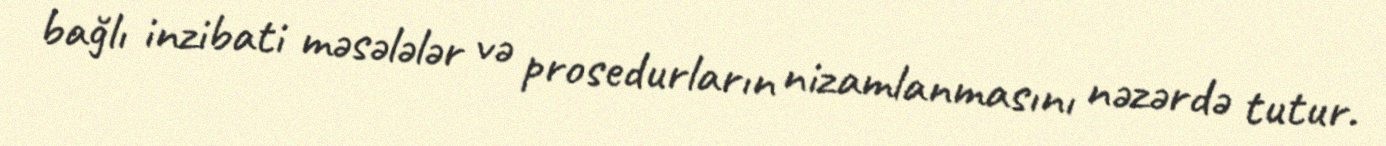
bağlı inzibati məsələlər və prosedurların nizamlanmasını nəzərdə tutur.